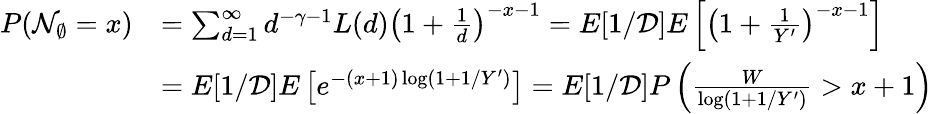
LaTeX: \begin{array}{rl}{P(\mathcal{N}_{\emptyset}=x)}&{=\sum_{d=1}^{\infty}d^{-\gamma-1}L(d)\left(1+\frac{1}{d}\right)^{-x-1}=E[1/\mathcal{D}]E\left[\left(1+\frac{1}{Y^{\prime}}\right)^{-x-1}\right]}\\ &{=E[1/\mathcal{D}]E\left[e^{-(x+1)\log(1+1/Y^{\prime})}\right]=E[1/\mathcal{D}]P\left(\frac{W}{\log(1+1/Y^{\prime})}>x+1\right)}\end{array}